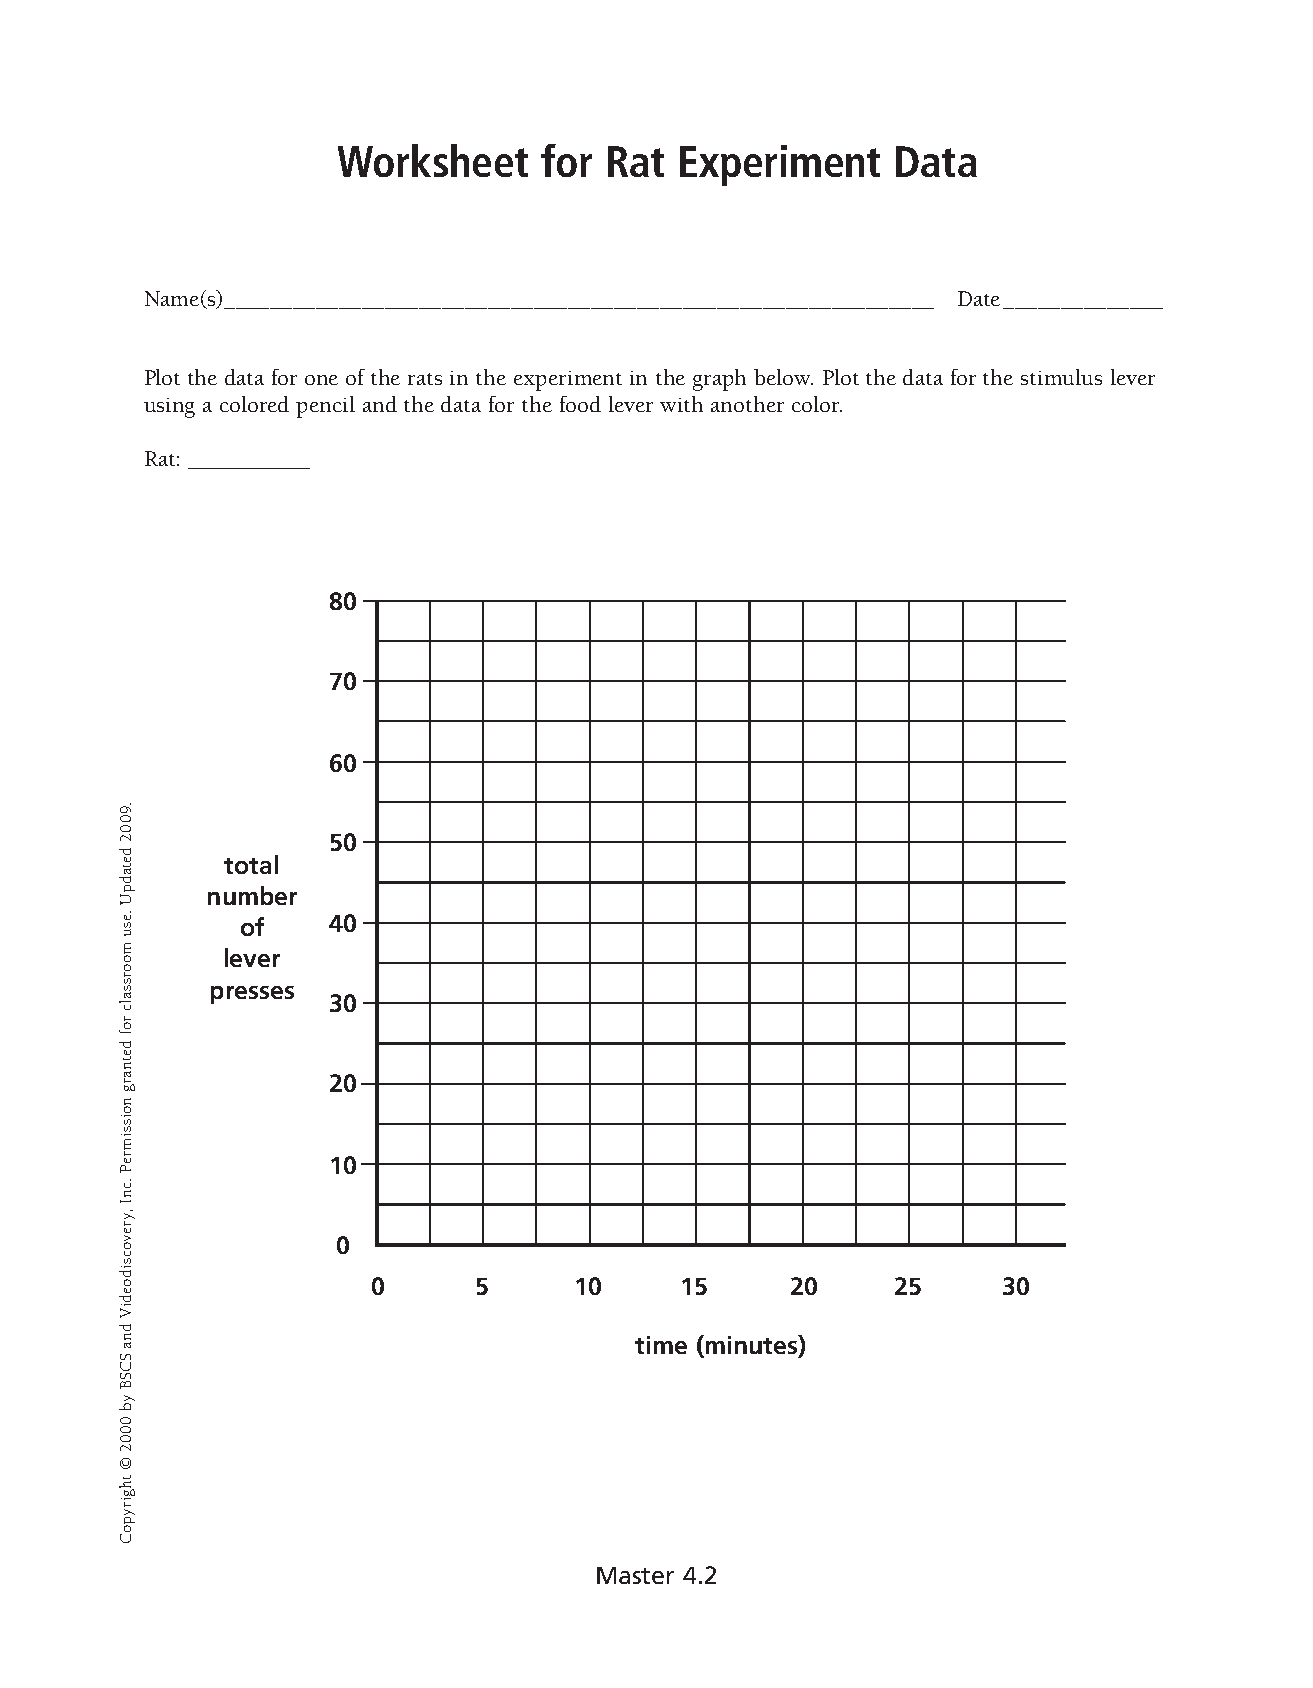
Worksheet     for Rat  Experiment    Data   �
 Name(s) ______________________________________________________________ Date ______________ �
 Plot the data for one of the rats in the experiment in the graph below. Plot the data for the stimulus lever
 using a colored pencil and the data for the food lever with another color. �
 Rat: ____________ �
 80 �
 70 �
 60 �
 50 �
 total
 number
 of    40 �
 lever
 presses
 30 �
 20 �
 10 �
 0 �
 0     5      10     15     20     25     30 �
 time (minutes)
 Master 4.2
 .9002
 detadpU
 .esu
 moorssalc
 rof
 detnarg
 noissimreP
 .cnI
 ,yrevocsidoediV
 dna
 SCSB
 yb
 0002
 ©
 thgirypoC